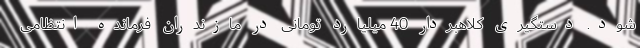
شود. دستگیری کلاهبردار 40 میلیارد تومانی در مازندران فرمانده انتظامی